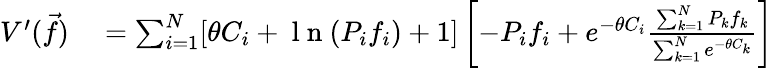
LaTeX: \begin{array}{rl}{V^{\prime}(\vec{f})}&{{}=\sum_{i=1}^{N}[\theta C_{i}+\mathrm{~l~n~}(P_{i}f_{i})+1]\left[-P_{i}f_{i}+e^{-\theta C_{i}}\frac{\sum_{k=1}^{N}P_{k}f_{k}}{\sum_{k=1}^{N}e^{-\theta C_{k}}}\right]}\end{array}